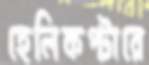
হেলিকপ্টারে